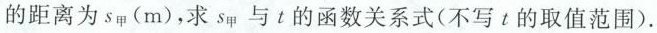
的距离为s_{甲}(m)，求s_{甲}与t的函数关系式(不写t的取值范围)。